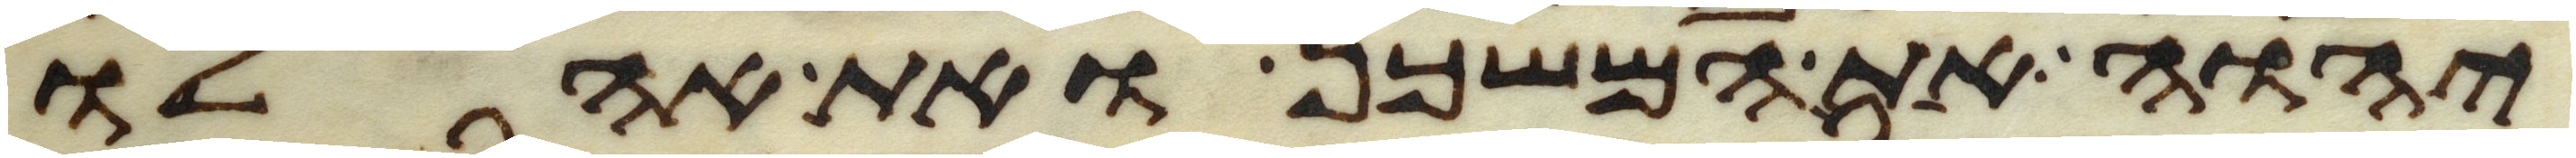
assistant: יהוה את המשכן ואת אהלו